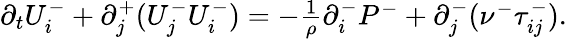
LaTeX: \begin{array}{r}{\partial_{t}U_{i}^{-}+\partial_{j}^{+}(U_{j}^{-}U_{i}^{-})=-\frac{1}{\rho}\partial_{i}^{-}P^{-}+\partial_{j}^{-}(\nu^{-}\tau_{ij}^{-}).}\end{array}